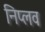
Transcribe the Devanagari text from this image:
निप्लव